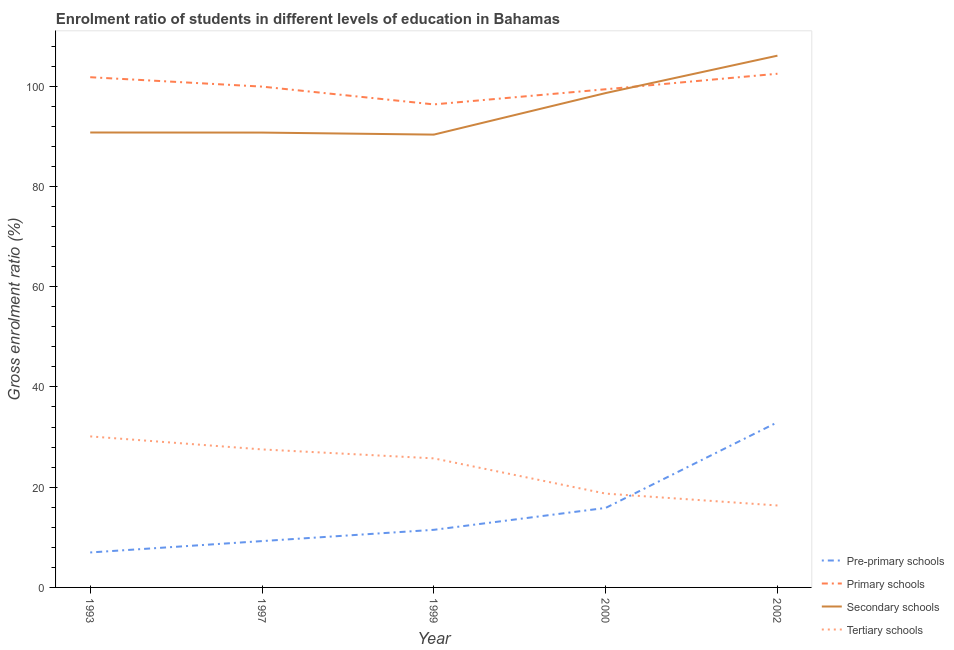
| Year | Pre-primary schools | Primary schools | Secondary schools | Tertiary schools |
 | --- | --- | --- | --- | --- |
 | 1993 | 6.98 | 102 | 90.8 | 30.1 |
 | 1997 | 9.25 | 99.9 | 90.8 | 27.5 |
 | 1999 | 11.5 | 96.4 | 90.3 | 25.7 |
 | 2000 | 15.9 | 99.4 | 98.6 | 18.7 |
 | 2002 | 33 | 102 | 106 | 16.4 |